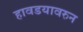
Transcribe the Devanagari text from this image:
हावडयावरुन